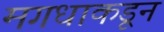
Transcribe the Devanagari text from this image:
मगधाकडून